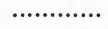
…………